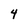
Character: 4